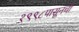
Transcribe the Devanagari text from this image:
१९९८पासूनची